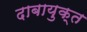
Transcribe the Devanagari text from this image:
दाबायुक्त